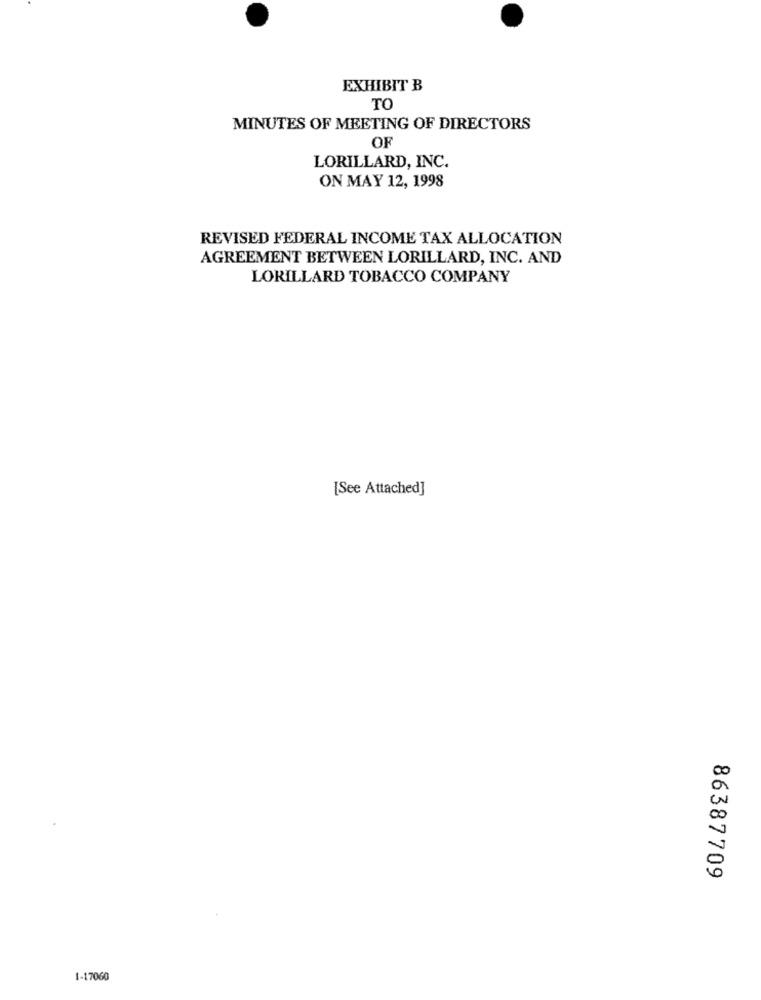
EXHIBIT B
TO
MINUTES OF MEETING OF DIRECTORS
OF
LORILLARD, INC.
ON MAY 12, 1998
REVISED FEDERAL INCOME TAX ALLOCATION
AGREEMENT BETWEEN LORILLARD, INC. AND
LORILLARD TOBACCO COMPANY
[See Attached]
86387709
1-17060